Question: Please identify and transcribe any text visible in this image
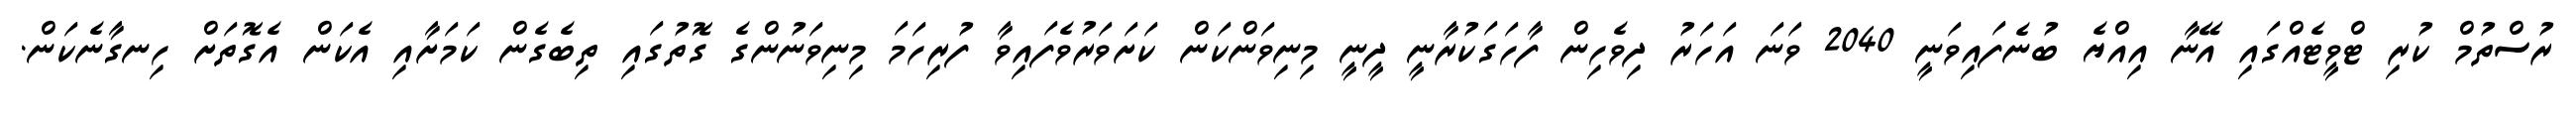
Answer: ރުސްތުމް ކުރި ޓްވީޓެއްގައި އޭނާ އިއްޔެ ބުނެފައިވަނީ 2040 ވަނަ އަހަރު ދިވެހިން ފާހަގަކުރާނީ ދީނީ މިނިވަންކަން ކަށަވަރުވެފައިވާ ފުރިހަމަ މިނިވަނުންގެ ގޮތުގައި ތިބެގެން ކަމަށާއި އެކަން އެގޮތަށް ހިނގާނެކަން.